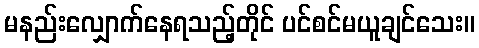
မနည်းလျှောက်နေရသည့်တိုင် ပင်စင်မယူချင်သေး။